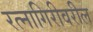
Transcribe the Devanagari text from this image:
रत्नागिरीवरील